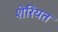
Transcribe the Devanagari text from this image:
शेरियत